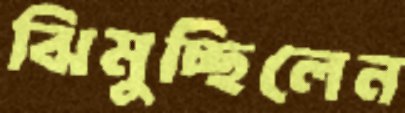
ঝিমুচ্ছিলেন